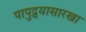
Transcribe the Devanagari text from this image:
पापुद्र्यासारखा